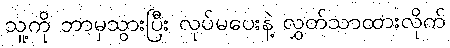
သူ့ကို ဘာမှသွားပြီး လုပ်မပေးနဲ့ လွှတ်သာထားလိုက်